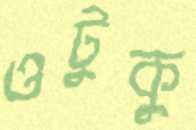
ওটুকু